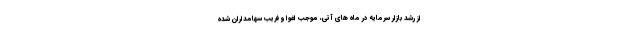
از رشد بازار سرمایه در ماه های آتی، موجب اغوا و فریب سهامداران شده